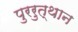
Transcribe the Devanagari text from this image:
पुररुत्थान